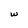
Character: w